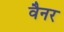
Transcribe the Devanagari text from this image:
वैनर